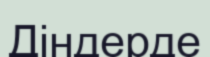
Діндерде